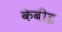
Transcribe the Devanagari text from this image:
केबीइ